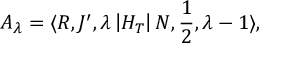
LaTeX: A _ { \lambda } = \langle R , J ^ { \prime } , \lambda \left| H _ { T } \right| N , \frac { 1 } { 2 } , \lambda - 1 \rangle ,